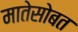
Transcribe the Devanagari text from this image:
मातेसोबत